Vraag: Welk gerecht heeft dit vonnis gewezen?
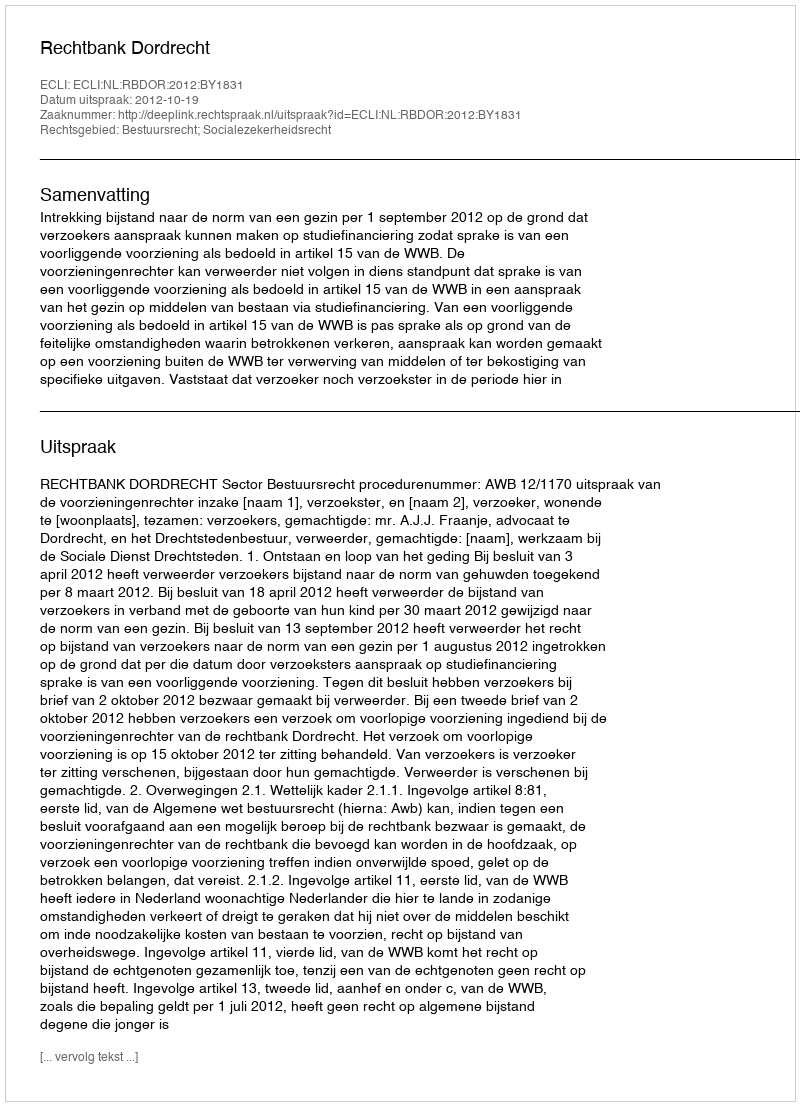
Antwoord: Rechtbank Dordrecht